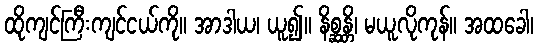
ထိုကျင်ကြီးကျင်ငယ်ကို။ အာဒါယ၊ ယူ၍။ နိစ္ဆန္တိ၊ မယူလိုကုန်။ အထခေါ၊